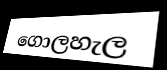
ගොලහැල